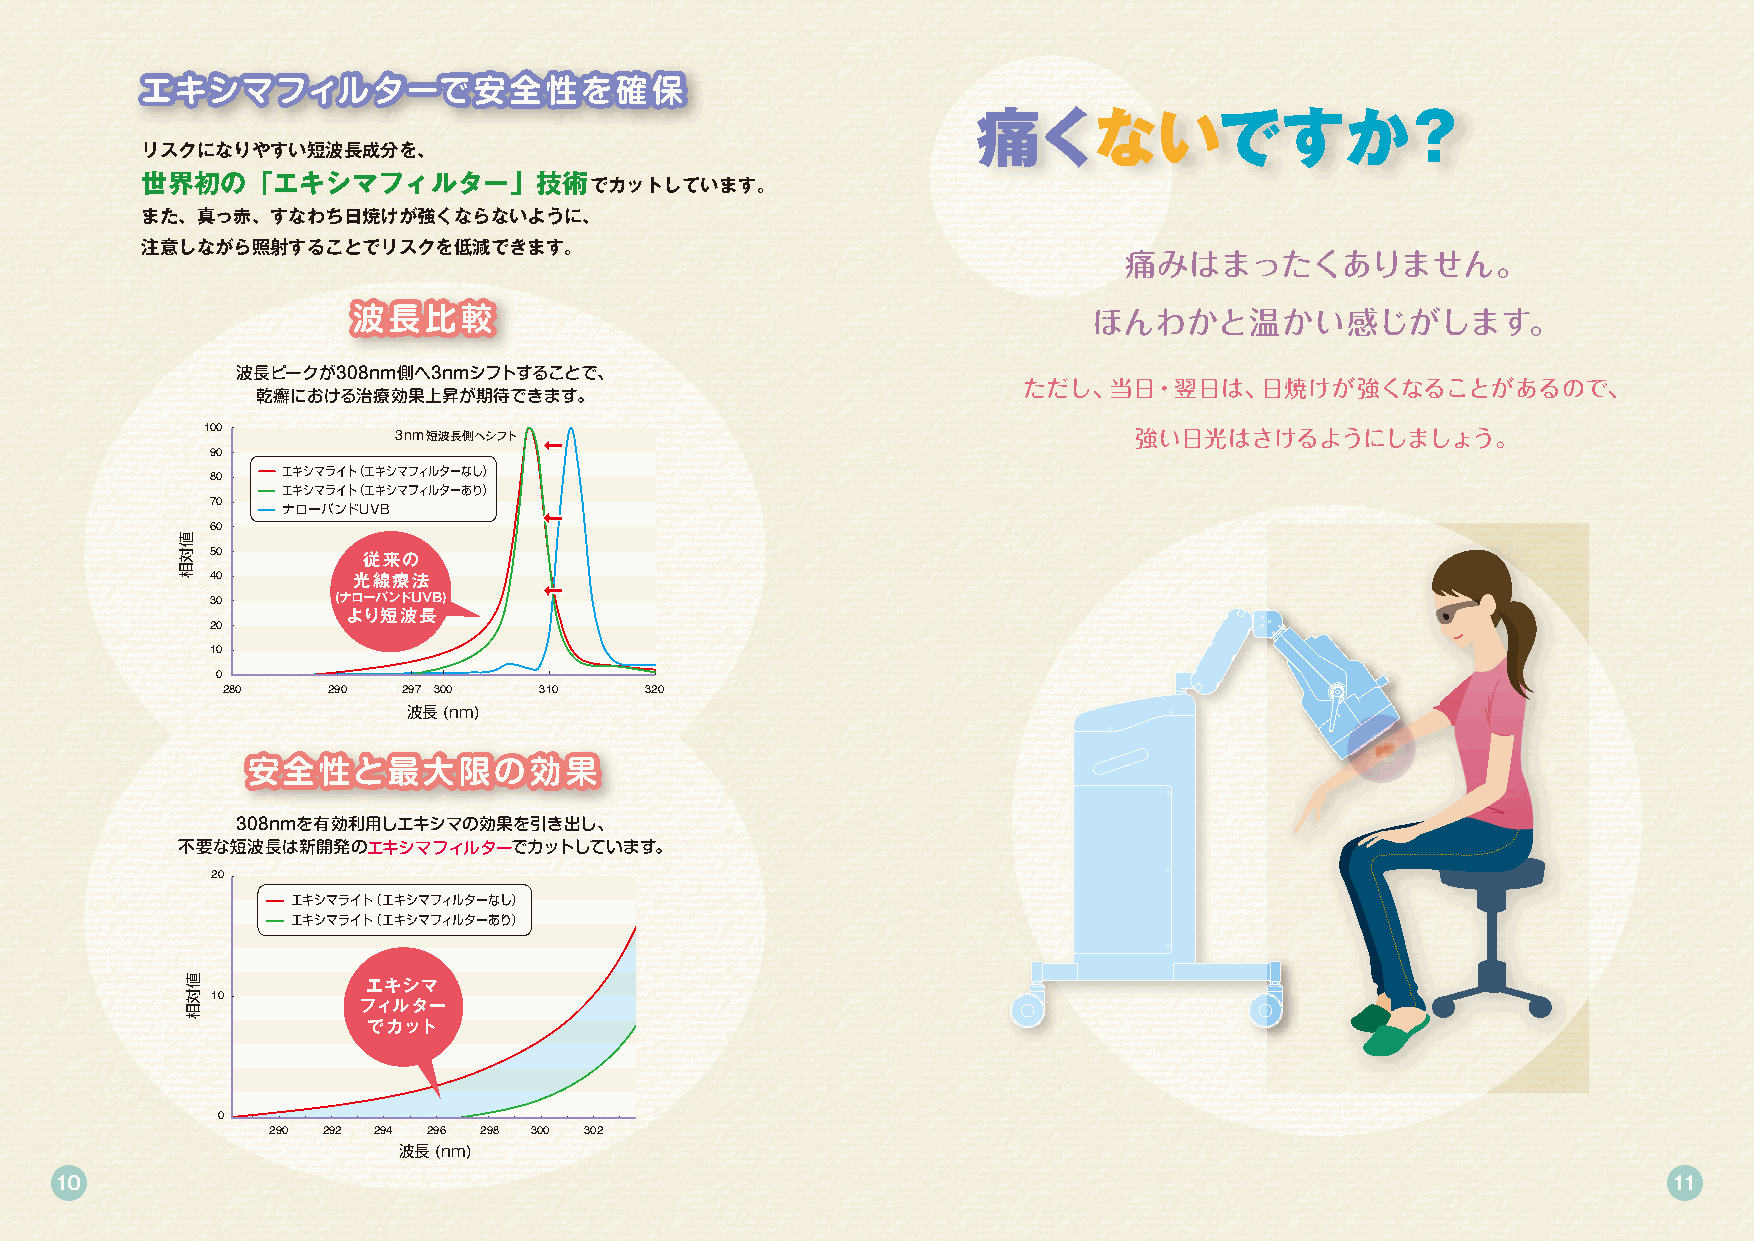
エエキキシシママフフィィルルタターーでで安安全全性性をを確確保保
 痛くないですか？
 リスクになりやすい短波長成分を、
 世界初の「エキシマフィルター」技術でカットしています。
 また、真っ赤、すなわち日焼けが強くならないように、
 注意しながら照射することでリスクを低減できます。
 痛みはまったくありません。
 波波長長比比較較                                         ほんわかと温かい感じがします。
 波長ピークが308nm側へ3nmシフトすることで、
 ただし、当日・翌日は、日焼けが強くなることがあるので、
 乾癬における治療効果上昇が期待できます。
 100          3nm短波長側へシフト                                      強い日光はさけるようにしましょう。
 90
 エキシマライト（エキシマフィルターなし）
 80
 エキシマライト（エキシマフィルターあり）
 70   ナローバンドUVB
 60
 50        従来の
 40       光線療法
 30      (ナローバンドUVB)
 より短波長
 20
 10
 0
 280    290  297 300  310    320
 波長 (nm)
 安安全全性性とと最最大大限限のの効効果果
 308nmを有効利用しエキシマの効果を引き出し、
 不要な短波長は新開発のエキシマフィルターでカットしています。
 20
 エキシマライト（エキシマフィルターなし）
 エキシマライト（エキシマフィルターあり）
 エキシマ
 10
 フィルター
 でカット
 0
 290 292 294 296 298 300 302
 波長 (nm)
 10                                                                                                         11
 値対相
 値対相